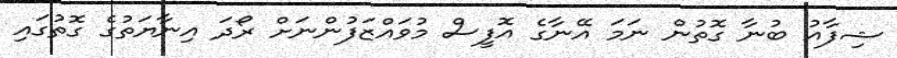
ޝިފާއު ބުނާ ގޮތުން ނަމަ އޭނާގެ އޮފީސް މުވައްޒަފުންނަށް ރޯދަ އިނާޔަތުގެ ގޮތުގައި